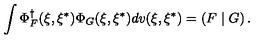
\int \Phi _ { F } ^ { \dagger } ( \xi , \xi ^ { * } ) \Phi _ { G } ( \xi , \xi ^ { * } ) d v ( \xi , \xi ^ { * } ) = \left( F \mid G \right) .